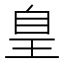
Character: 𦤃